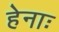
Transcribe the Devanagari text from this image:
हेनाः